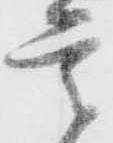
首